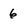
Character: 6